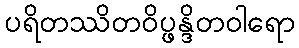
ပရိတဿိတဝိပ္ဖန္ဒိတဝါရော